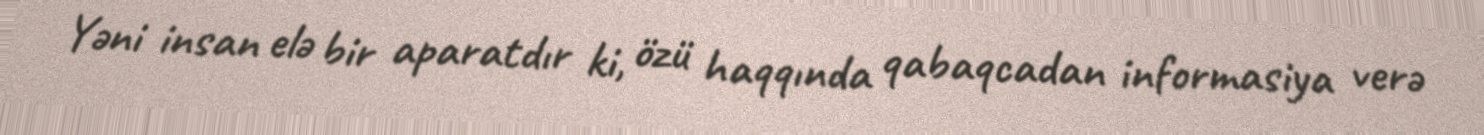
Yəni insan elə bir aparatdır ki, özü haqqında qabaqcadan informasiya verə